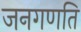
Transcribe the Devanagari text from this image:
जनगणति